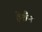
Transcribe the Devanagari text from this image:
हेशैम